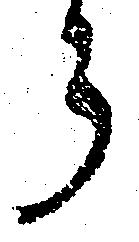
ら